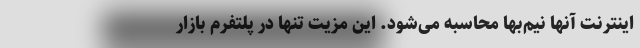
اینترنت آنها نیم‌بها محاسبه می‌شود. این مزیت تنها در پلتفرم بازار